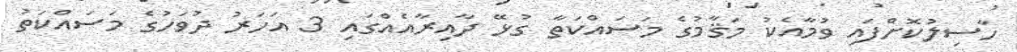
ހާސިލުކޮށްފައި ވުމާއެކު މަޤާމުގެ މަސައްކަތާ ގުޅޭ ދާއިރާއެއްގައި 3 އަހަރު ދުވަހުގެ މަސައްކަތު